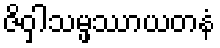
ဇိဝှါသမ္ဖဿာယတနံ